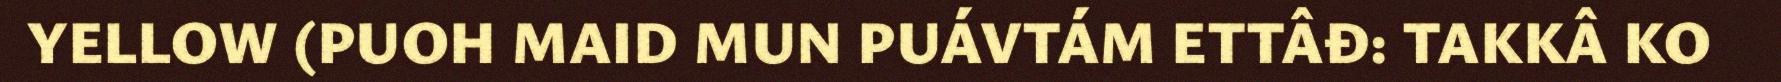
YELLOW (PUOH MAID MUN PUÁVTÁM ETTÂĐ: TAKKÂ KO